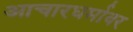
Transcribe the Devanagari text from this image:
आचारधर्मावर